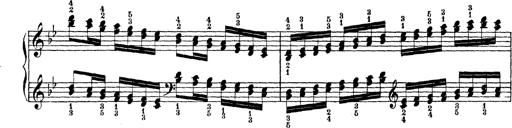
Title: Technische Studien
Composer: Franz Liszt